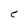
Character: C